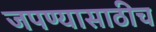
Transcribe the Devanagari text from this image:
जपण्यासाठीच